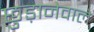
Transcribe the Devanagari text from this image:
छुड़ानेवाले